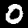
Label: 0